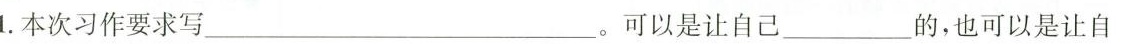
1.本次习作要求写___。可以是让自己___的，也可以是让自